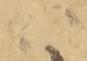
ハ